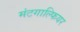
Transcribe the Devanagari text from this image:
मंटगाल्फियर